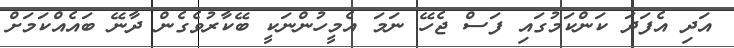
އަދި އެފަދަ ކަންކަމުގައި ފަސް ޖެހޭ ނަމަ އެމީހުންނަކީ ބޭކާރުވެގެން ދާނޭ ބައެއްކަމަށް